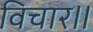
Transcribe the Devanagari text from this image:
विचार॥